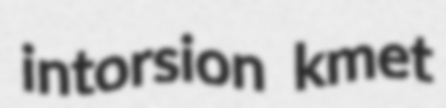
intorsion kmet